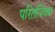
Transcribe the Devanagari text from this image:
परितंत्रिक्य